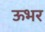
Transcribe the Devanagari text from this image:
ऊभर